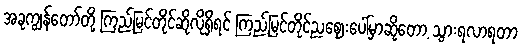
အခုကျွန်တော်တို့ ကြည့်မြင်တိုင်ဆိုလိုရှိရင် ကြည့်မြင်တိုင်ညဈေးပေါ်မှာဆိုတော့ သွားရလာရတာ